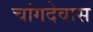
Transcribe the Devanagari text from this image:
चांगदेवास